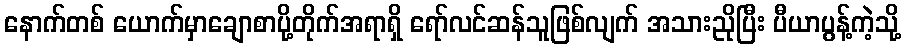
နောက်တစ် ယောက်မှာချောစာပို့တိုက်အရာရှိ ရော်လင်ဆန်သူဖြစ်လျက် အသားညိုပြီး ပီယာပွန့်ကဲ့သို့